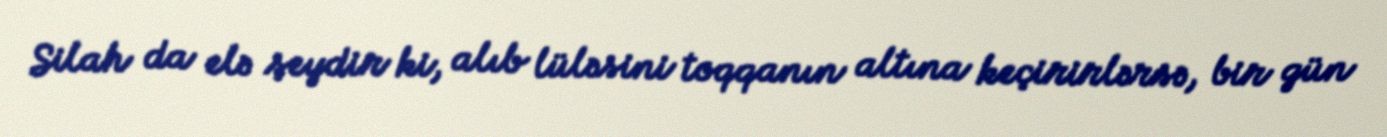
Silah da elə şeydir ki, alıb lüləsini toqqanın altına keçirirlərsə, bir gün